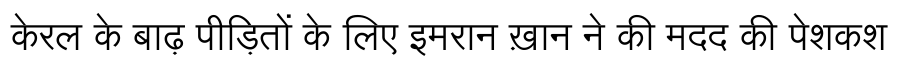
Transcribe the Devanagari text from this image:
केरल के बाढ़ पीड़ितों के लिए इमरान ख़ान ने की मदद की पेशकश